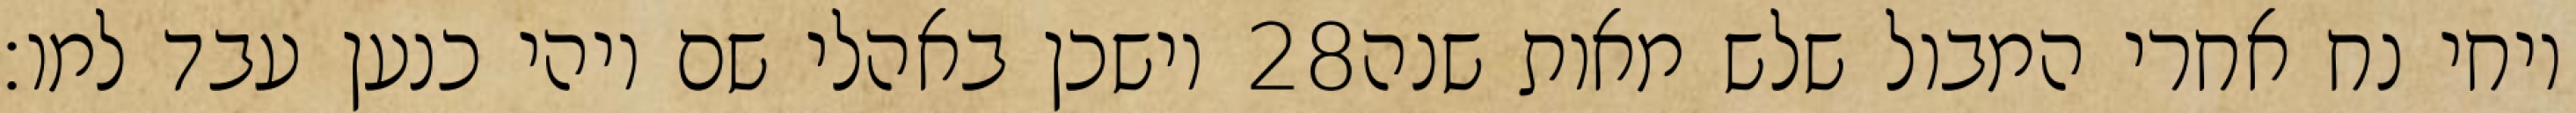
וישכן באהלי שם ויהי כנען עבד למו׃ ‎28‏ ויחי נח אחרי המבול שלש מאות שנה